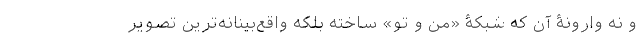
و نه وارونۀ آن که شبکۀ «من و تو» ساخته بلکه واقع‌بینانه‌ترین تصویر